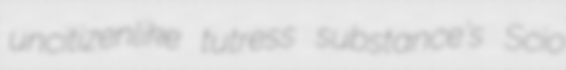
uncitizenlike tutress substance's Scio